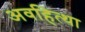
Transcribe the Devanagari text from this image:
अवहित्था